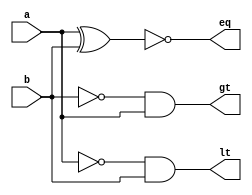
module comparator1 (a,b,lt,eq,gt);
  
  input a,b;
  output lt,gt,eq;
  
  wire s1, s2;
  not X1(s1, a);
  not X2 (s2, b);
  and X3 (lt,s1, b);
  and X4 (gt,s2, a);
  xnor X5 (eq, a, b);
  
endmodule